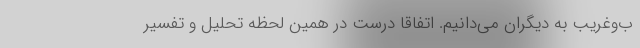
ب‌وغریب به دیگران می‌دانیم. اتفاقا درست در همین لحظه تحلیل و تفسیر